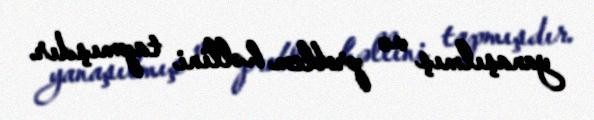
yanaşılmış və problem həllini tapmışdır.